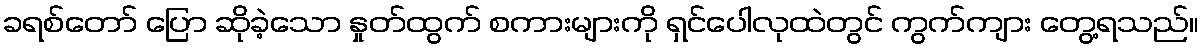
ခရစ်တော် ပြော ဆိုခဲ့သော နှုတ်ထွက် စကားများကို ရှင်ပေါလုထဲတွင် ကွက်ကျား တွေ့ရသည်။